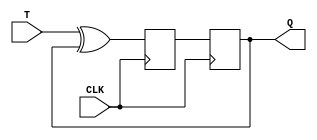
module master_slave_TFF (
    input T,
    input CLK,
    output reg Q
);

reg D1, D2;

always @(posedge CLK) begin
    D1 <= T ^ Q;
end

always @(negedge CLK) begin
    D2 <= D1;
end

assign Q = D2;

endmodule